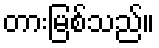
တားမြစ်သည်။